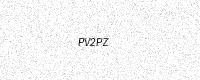
Text: PV2PZ